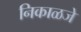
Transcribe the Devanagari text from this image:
निकाळजे